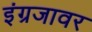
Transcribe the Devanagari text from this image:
इंग्रजावर